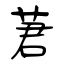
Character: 莙